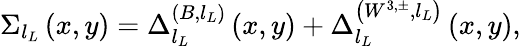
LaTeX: \Sigma_{l_{L}}\left(x,y\right)=\Delta_{l_{L}}^{\left(B,l_{L}\right)}\left(x,y\right)+\Delta_{l_{L}}^{\left(W^{3,\pm},l_{L}\right)}\left(x,y\right),